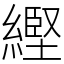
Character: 䌑